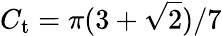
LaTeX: C_{\mathrm{t}}=\pi(3+\sqrt{2})/7